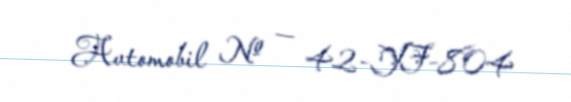
Avtomobil № — 42-YF-804